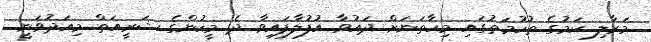
މަރާލި ކަމުގެ ތުހުމަތުގައި މިހާތަނަށް ދައުވާ އުފުލާފައިވާ ދެ މީހުންގެ ޝަރީއަތް މިއަދުވަނީ